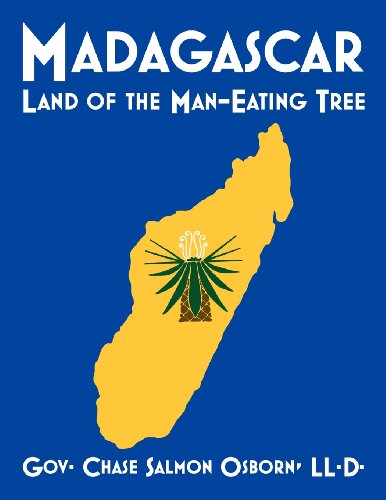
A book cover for Madagascar: Land of the Man-Eating Tree; Chase Salmon Osborn; Travel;